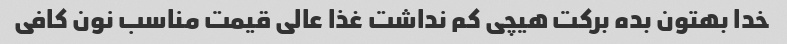
خدا بهتون بده برکت هیچی کم نداشت غذا عالی قیمت مناسب نون کافی